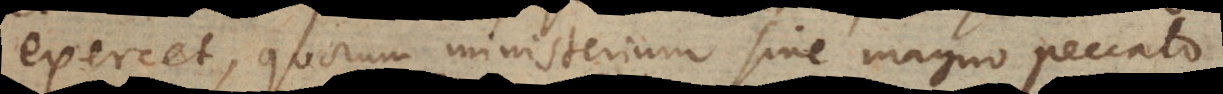
exercet, quorum ministerium sine magno peccato